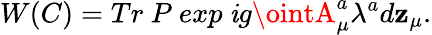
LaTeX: W(C)=Tr~P~exp~\mathit{i}g\ointA_{\mu}^{a}\lambda^{a}d\mathbf{z}_{\mu}.